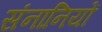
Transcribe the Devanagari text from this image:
संनानियों